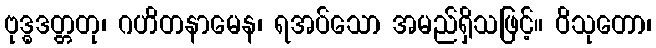
ဗုဒ္ဓဒတ္တတု၊ ဂဟိတနာမေန၊ ရအပ်သော အမည်ရှိသဖြင့်။ ဝိသုတော၊